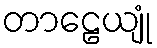
တာဠေယျုံ